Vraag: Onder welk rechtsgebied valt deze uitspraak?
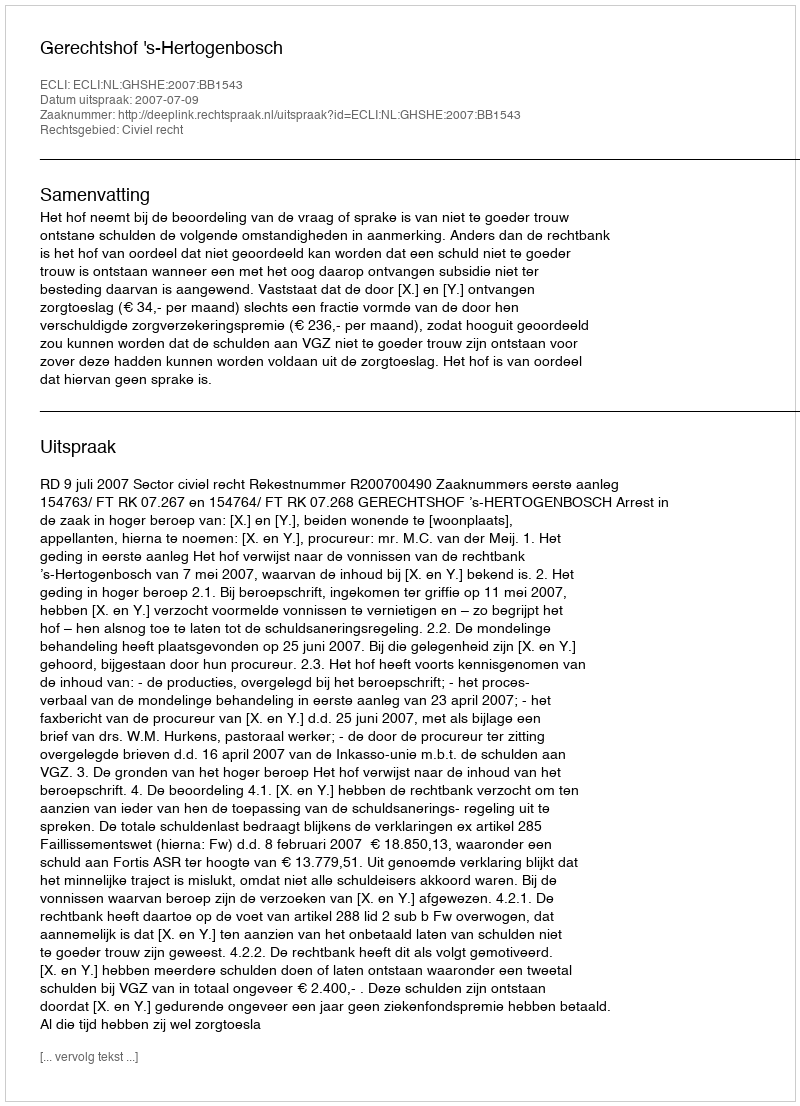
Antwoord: Civiel recht